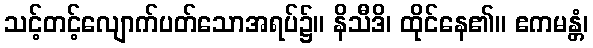
သင့်တင့်လျောက်ပတ်သောအရပ်၌။ နိသီဒိ၊ ထိုင်နေ၏။ ဧကမန္တံ၊